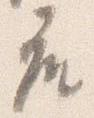
座